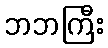
ဘဘကြီး